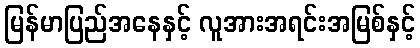
မြန်မာပြည်အနေနှင့် လူအားအရင်းအမြစ်နှင့်